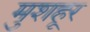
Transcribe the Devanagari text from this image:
मुशहूर